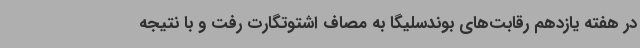
در هفته یازدهم رقابت‌های بوندسلیگا به مصاف اشتوتگارت رفت و با نتیجه